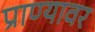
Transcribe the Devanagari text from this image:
प्राण्यावर